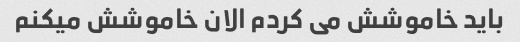
باید خاموشش می کردم الان خاموشش میکنم